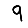
Digit: 9